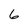
Character: 6